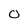
Character: 0